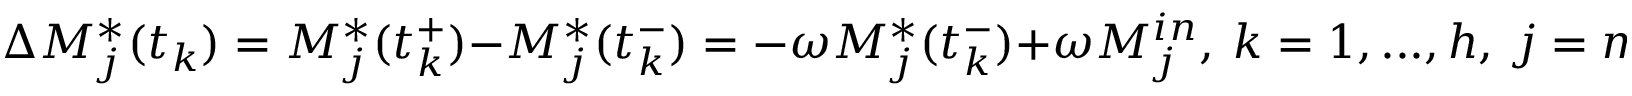
\Delta M _ { j } ^ { * } ( t _ { k } ) = M _ { j } ^ { * } ( t _ { k } ^ { + } ) - M _ { j } ^ { * } ( t _ { k } ^ { - } ) = - \omega M _ { j } ^ { * } ( t _ { k } ^ { - } ) + \omega M _ { j } ^ { i n } , \ k = 1 , . . . , h , \ j = m _ { 1 } + 1 , . . . , m _ { 2 } ,